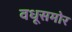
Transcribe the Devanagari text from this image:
वधूसमोर